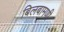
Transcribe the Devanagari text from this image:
बिलबामणी